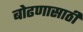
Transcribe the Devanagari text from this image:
बोढणासाठी